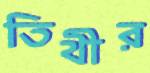
তিথীর